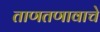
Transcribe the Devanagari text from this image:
ताणतणावाचे